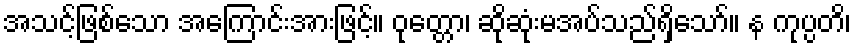
အသင့်ဖြစ်သော အကြောင်းအားဖြင့်။ ဝုတ္တော၊ ဆိုဆုံးမအပ်သည်ရှိသော်။ န ကုပ္ပတိ၊